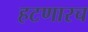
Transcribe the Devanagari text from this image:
हटणारच